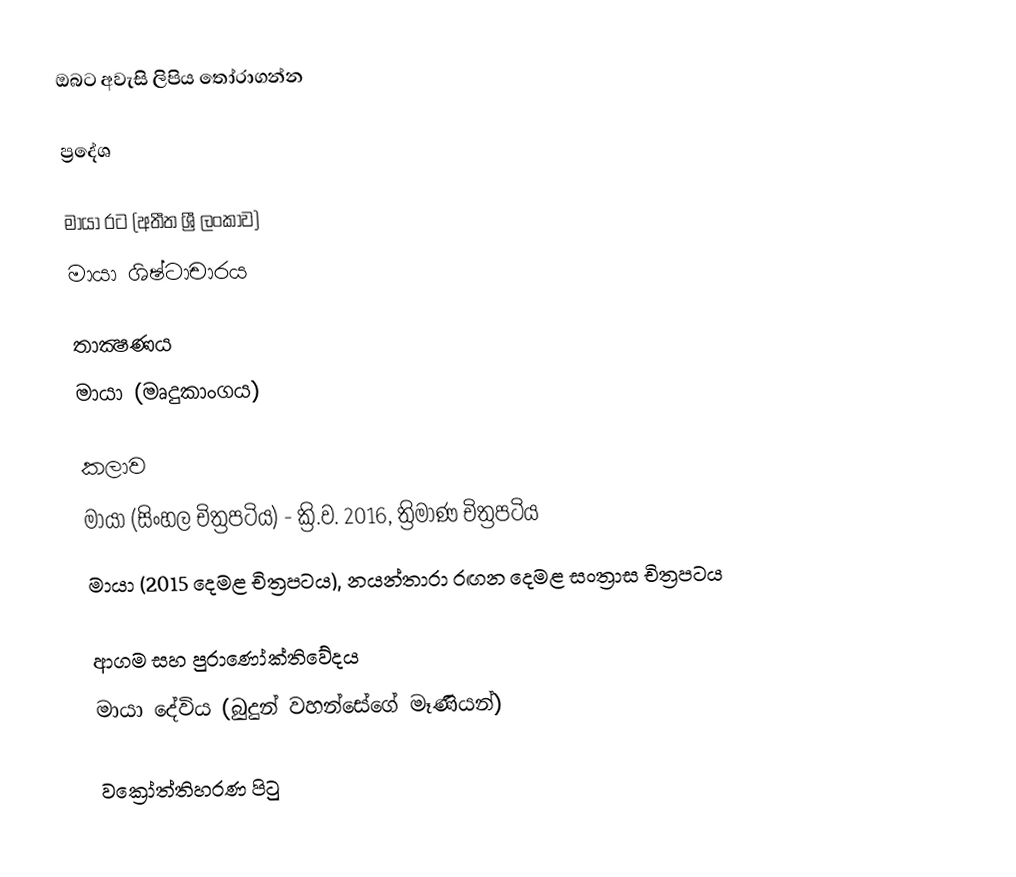
ඔබට අවැසි ලිපිය තෝරාගන්න

ප්‍රදේශ

 මායා රට (අතීත ශ්‍රී ලංකාව)
 මායා ශිෂ්ටාචාරය

තාක්‍ෂණය
 මායා (මෘදුකාංගය)

කලාව
 මායා (සිංහල චිත්‍රපටිය) - ක්‍රි.ව. 2016, ත්‍රිමාණ චිත්‍රපටිය
 මායා (2015 දෙමළ චිත්‍රපටය), නයන්තාරා රඟන දෙමළ සංත්‍රාස චිත්‍රපටය

ආගම සහ පුරාණෝක්තිවේදය
මායා දේවිය (බුදුන් වහන්සේගේ මෑණියන්)

වක්‍රෝත්තිහරණ පිටු